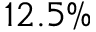
1 2 . 5 \%